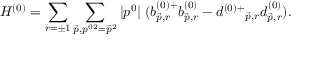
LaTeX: H ^ { ( 0 ) } = \sum _ { r = \pm 1 } \sum _ { \vec { p } , p ^ { 0 2 } = \vec { p } ^ { 2 } } | p ^ { 0 } | \; ( b _ { \vec { p } , r } ^ { ( 0 ) + } b _ { \vec { p } , r } ^ { ( 0 ) } - d ^ { ( 0 ) + } { } _ { \vec { p } , r } d _ { \vec { p } , r } ^ { ( 0 ) } ) .